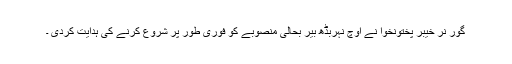
گور نر خیبر پختونخوا نے اوچ نہربڈھ بیر بحالی منصوبے کو فوری طور پر شروع کرنے کی ہدایت کردی ۔